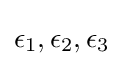
\epsilon _{1},\epsilon _{2},\epsilon _{3}